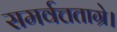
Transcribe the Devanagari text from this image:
समर्वत्तताग्रे।